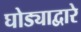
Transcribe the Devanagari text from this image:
घोड्याद्वारे